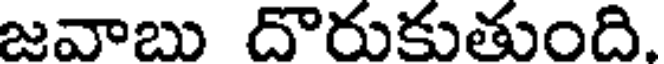
జవాబు దొరుకుతుంది.